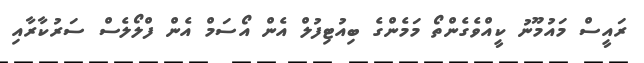
ރައީސް މައުމޫނު ކީއްވެގެންތޯ މަމެންގެ ބިއުޓިފުލް އެން އޯސަމް އެން ފްލޯލެސް ސަރުކާރާއި